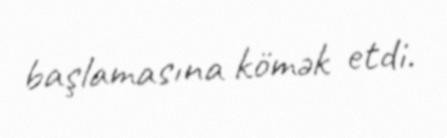
başlamasına kömək etdi.